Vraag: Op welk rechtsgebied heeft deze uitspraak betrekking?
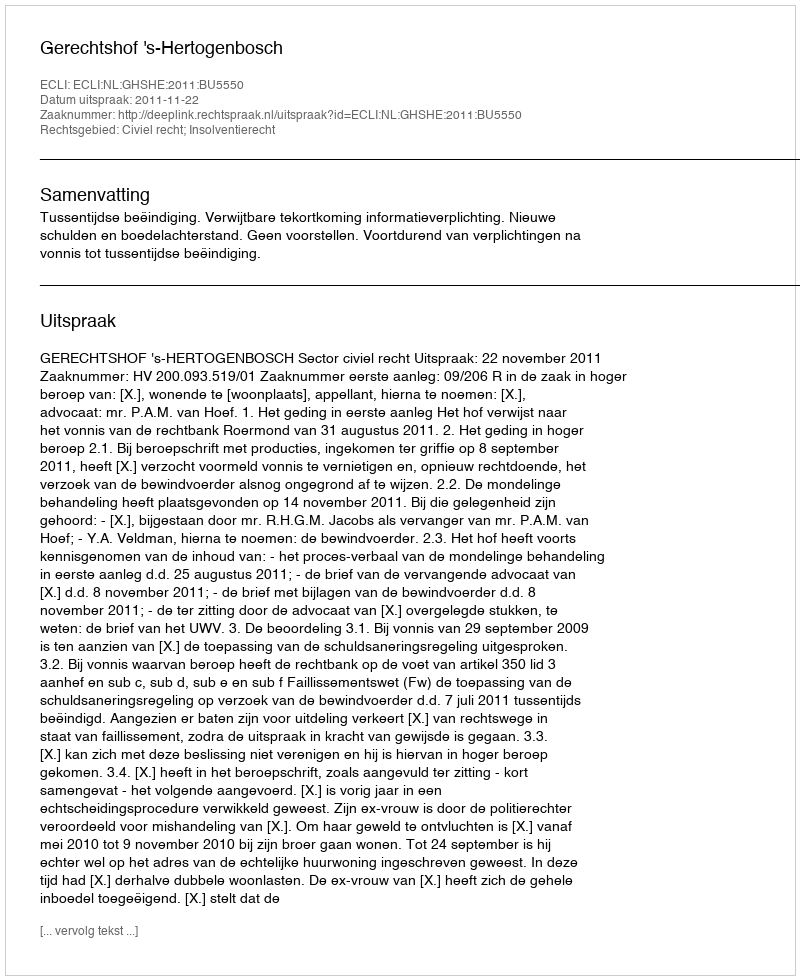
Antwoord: Civiel recht; Insolventierecht